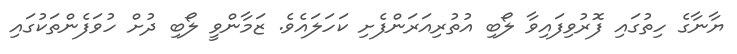
ޔާނާގެ ހިތުގައި ފޮރުވިފައިވާ ލޯބި އުތުރިއަރަންފެށި ކަހަލައެވެ. ޒަމާންވީ ލޯބި ދުށް ހުވަފެންތަކުގައި